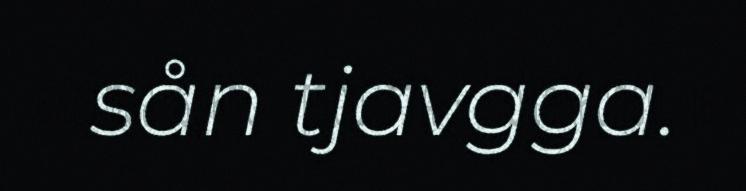
sån tjavgga.